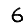
Digit: 6